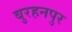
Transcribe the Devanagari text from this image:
बुरहनपुर